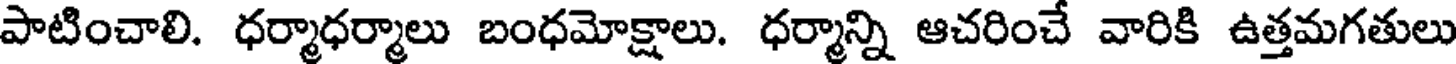
పాటించాలి. ధర్మాధర్మాలు బంధమోక్షాలు. ధర్మాన్ని ఆచరించే వారికి ఉత్తమగతులు